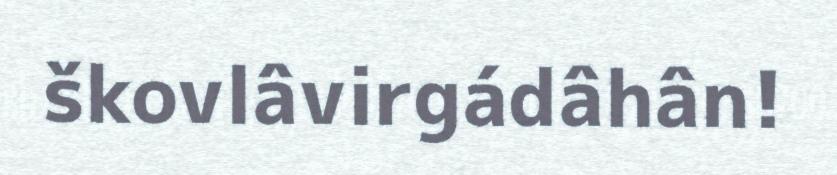
škovlâvirgádâhân!